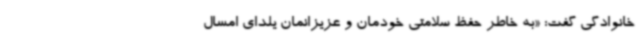
خانوادگی‌ گفت: «به خاطر حفظ سلامتی خودمان و عزیزانمان یلدای امسال